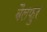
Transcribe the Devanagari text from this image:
बैलफुर